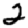
Digit: 2